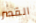
القصر